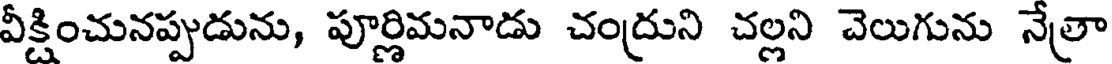
వీక్షించునప్పుడును, పూర్ణిమనాడు చంద్రుని చల్లని చెలుగును నేత్రా